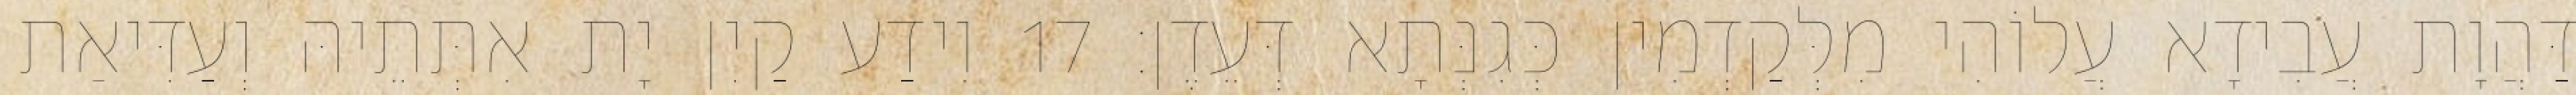
דַּהֲוָת עֲבִידָא עֲלוֹהִי מִלְּקַדְמִין כְּגִנְּתָא דְּעֵדֶן׃ 17 וִידַע קַיִן יָת אִתְּתֵיהּ וְעַדִּיאַת